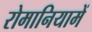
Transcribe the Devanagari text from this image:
रोमानियामें